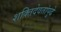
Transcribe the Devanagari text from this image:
शक्तिदेवतांपुढे